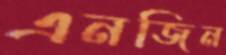
এনজিন